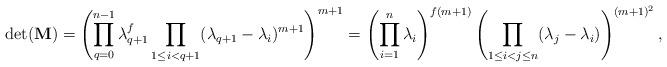
LaTeX: \begin{align*}{\rm{det}}(\mathbf{M}) = \left(\prod_{q=0}^{n-1} \lambda_{q+1}^f \prod_{1 \leq i < q+1} (\lambda_{q+1}-\lambda_i)^{m+1}\right)^{m+1} = \left(\prod_{i=1}^n \lambda_i\right)^{f(m+1)} \left(\prod_{1 \leq i < j \leq n} (\lambda_j - \lambda_i)\right)^{(m+1)^2},\end{align*}